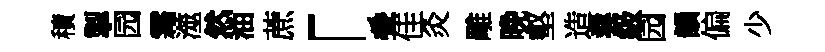
積掣园霜澨然油蔗「叠佳灸雕晚壑造羹級园韻偏少